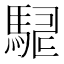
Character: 𮪇